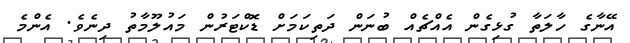
އޭނާގެ ހާލަތާ ގުޅިގެން އެއްޗެއް ބުނަން ދަތިކަމަށް ޑޮކްޓަރުން މައުލޫމާތު ދިނެވެ. އެންމެ